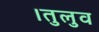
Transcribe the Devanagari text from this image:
।तुलुव